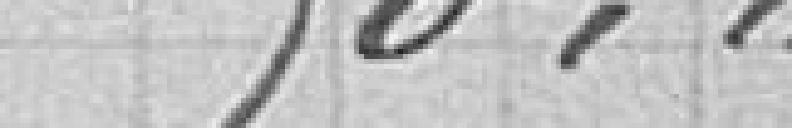
50,00